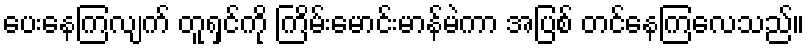
ပေးနေကြလျက် တူရှင်ကို ကြိမ်းမောင်းမာန်မဲကာ အပြစ် တင်နေကြလေသည်။